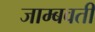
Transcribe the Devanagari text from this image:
जाम्‍बवती